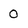
Character: 0